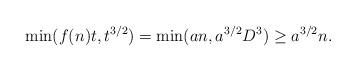
LaTeX: \begin{align*} \min(f(n)t, t^{3/2}) = \min(a n, a^{3/2}D^3) \geq a^{3/2}n.\end{align*}